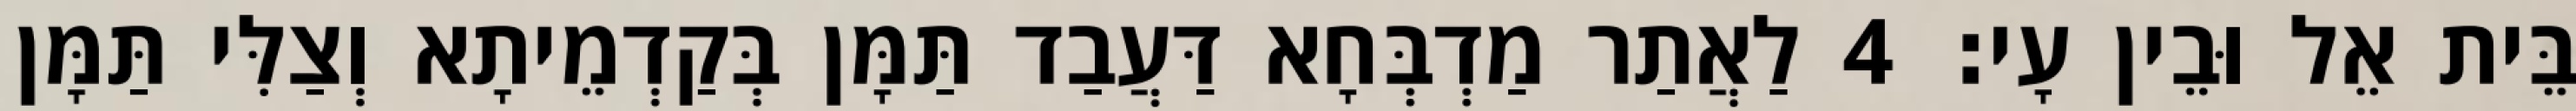
בֵּית אֵל וּבֵין עָי׃ 4 לַאֲתַר מַדְבְּחָא דַּעֲבַד תַּמָּן בְּקַדְמֵיתָא וְצַלִּי תַּמָּן